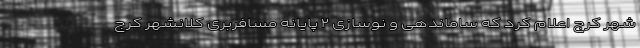
شهر کرج اعلام کرد که ساماندهی و نوسازی ۲ پایانه مسافربری کلانشهر کرج